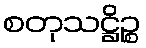
စတုသဋ္ဌိဉ္စ